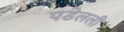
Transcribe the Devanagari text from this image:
पडेलली